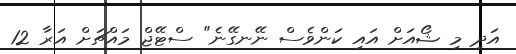
އަދި މި ޝޯއަށް އައި ކަންވެސް ނޭނގޭނެ" ސްޓޭޖް މައްޗަށް އަރާ 12